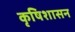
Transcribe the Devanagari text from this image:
कृषिशासन